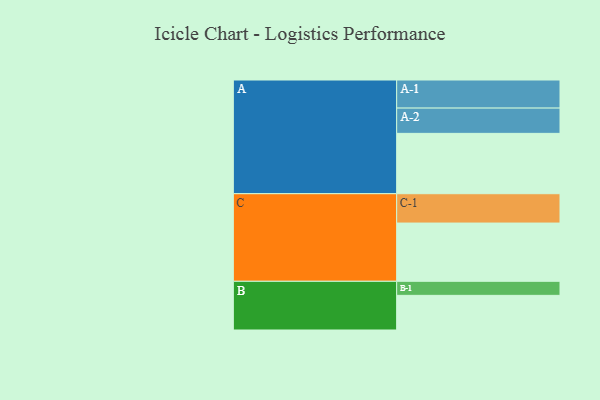
{"axis": {"x": "Segment", "y": "Value"}, "legend": ["", "A", "B", "C"], "data": [{"x": "A", "y": 580, "type": ""}, {"x": "B", "y": 333, "type": ""}, {"x": "C", "y": 560, "type": ""}, {"x": "A-1", "y": 270, "type": "A"}, {"x": "A-2", "y": 243, "type": "A"}, {"x": "B-1", "y": 135, "type": "B"}, {"x": "C-1", "y": 282, "type": "C"}]}